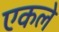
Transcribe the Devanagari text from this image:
एकले